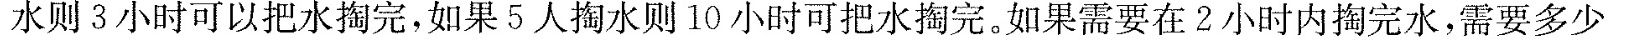
水则3小时可以把水掏完，如果5人掏水则10小时可把水掏完。如果需要在2小时内掏完水，需要多少